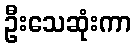
ဦးသေဆုံးကာ